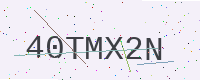
Text: 40TMX2N